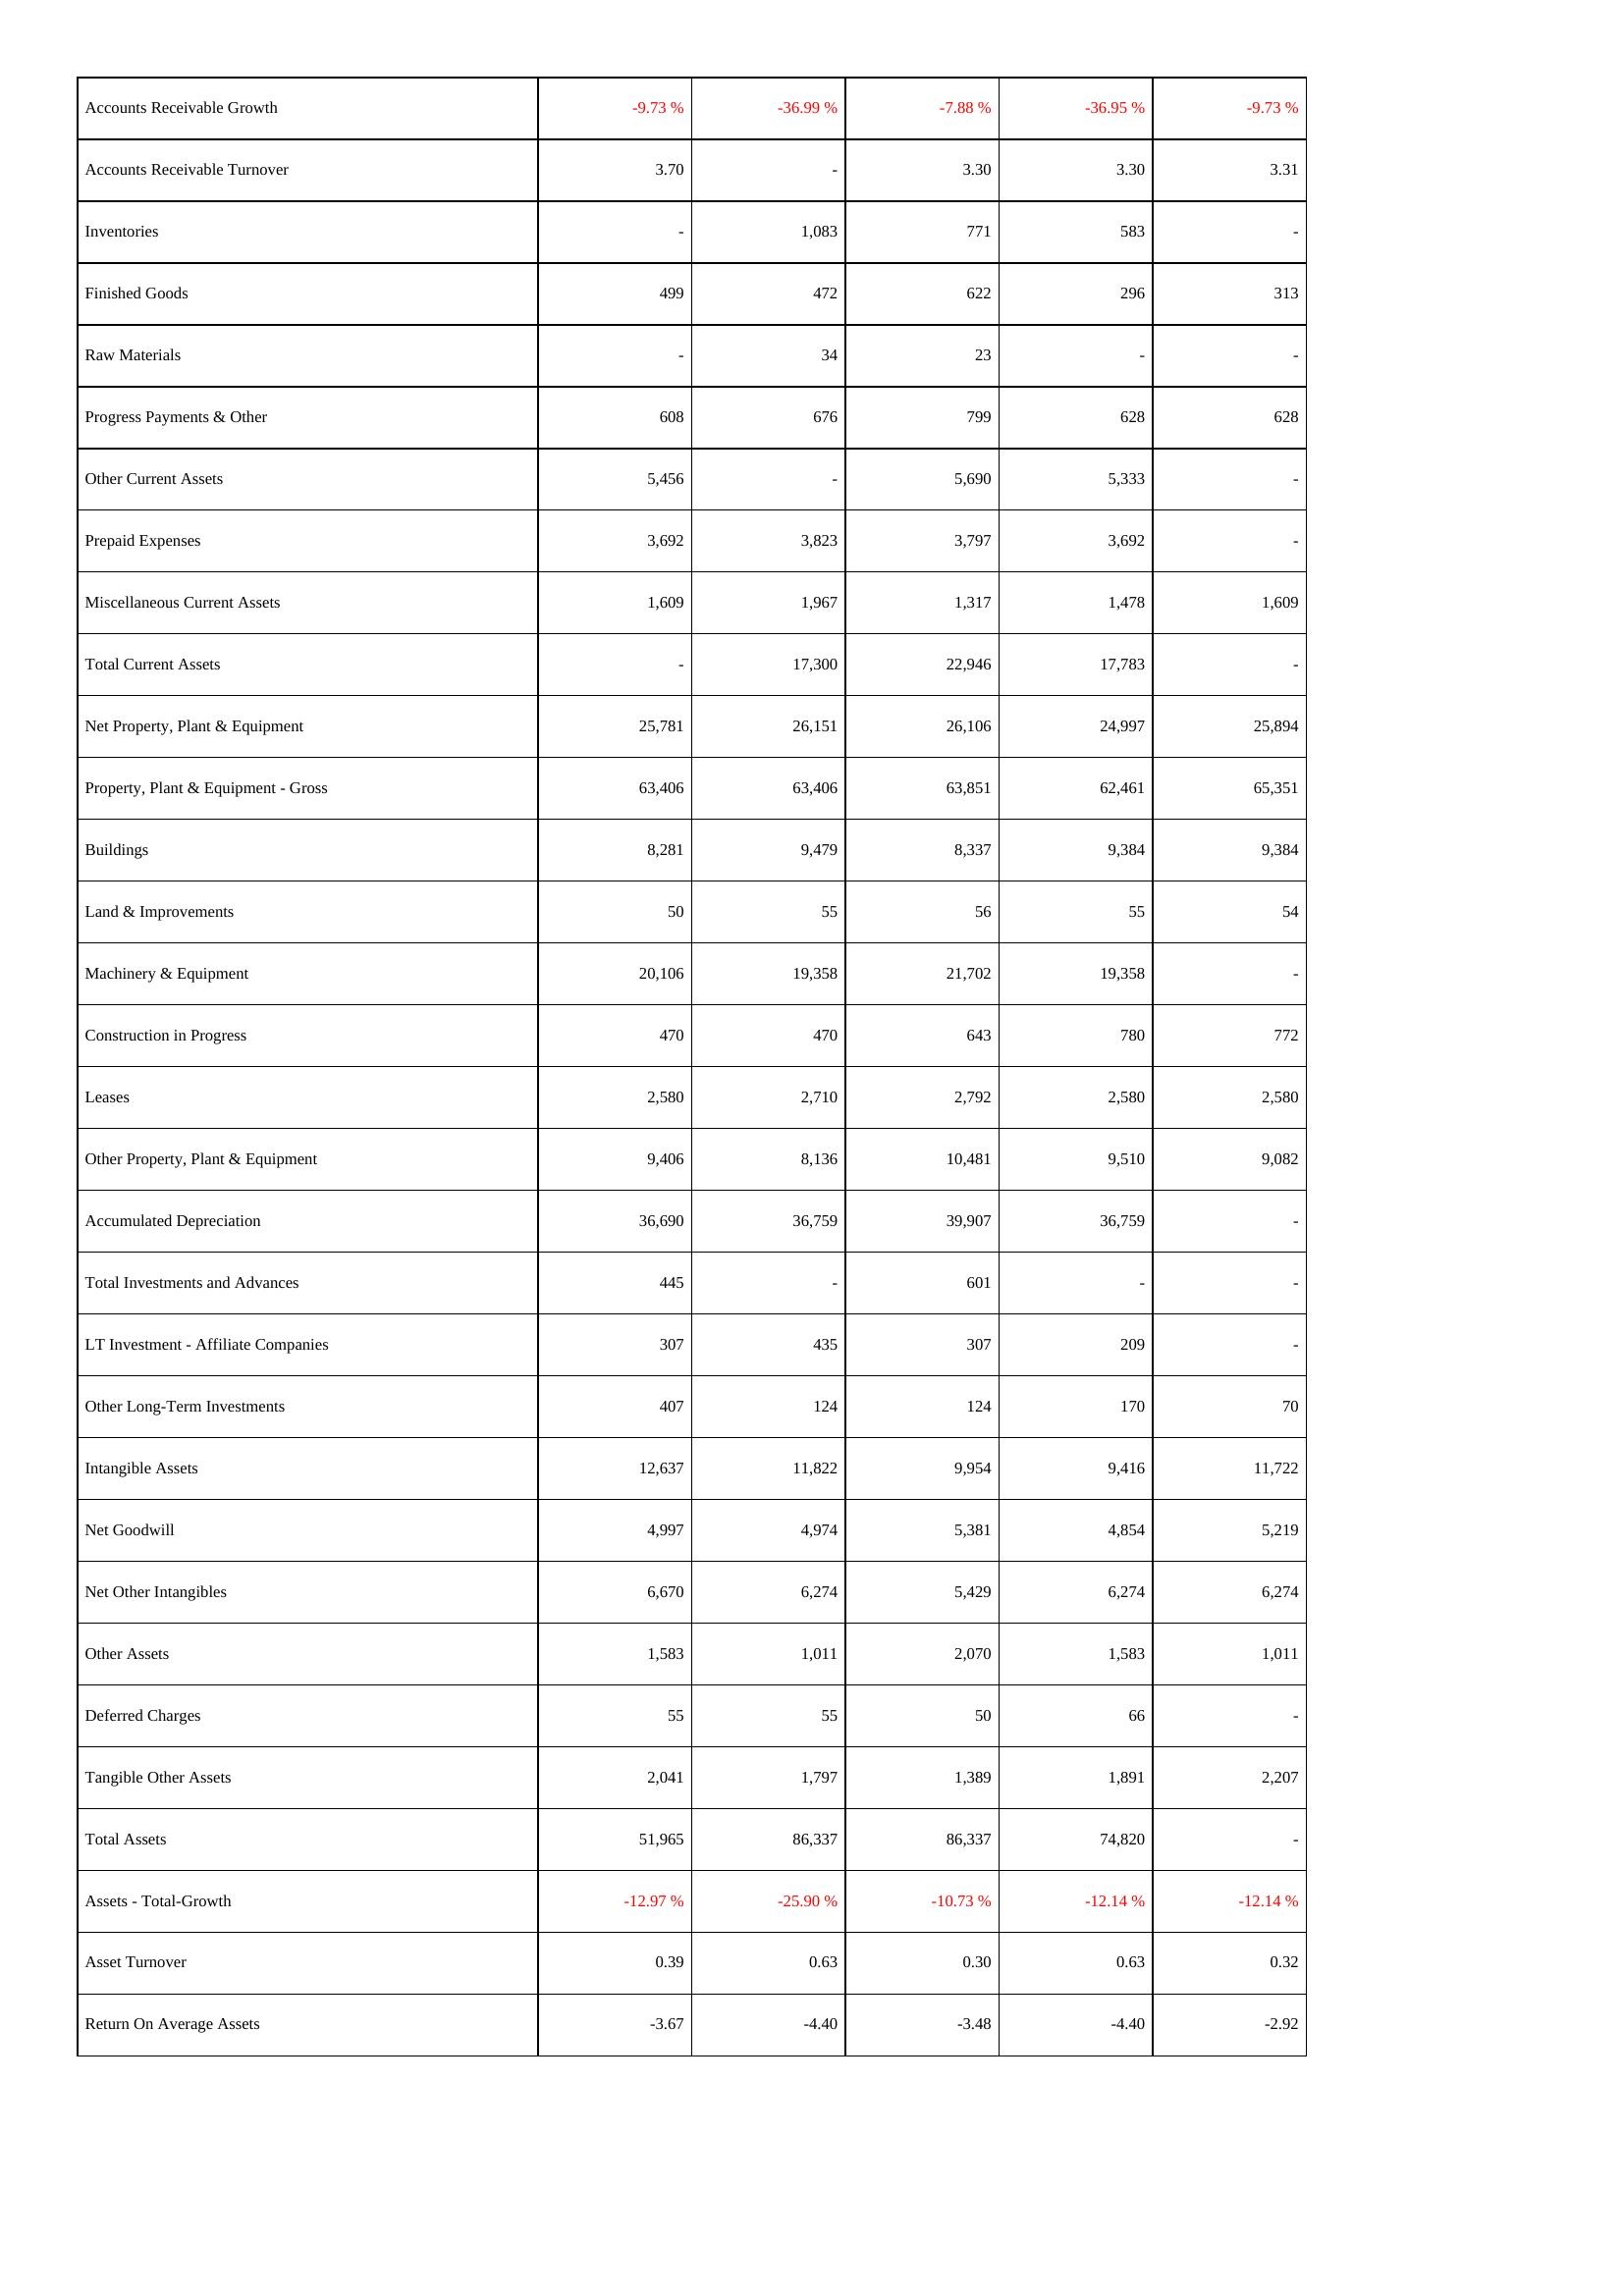
2014: Assets: Accounts Receivable Growth: -9.73 %
Accounts Receivable Turnover: 3.70
Inventories: -
Finished Goods: 499
Raw Materials: -
Progress Payments & Other: 608
Other Current Assets: 5,456
Prepaid Expenses: 3,692
Miscellaneous Current Assets: 1,609
Total Current Assets: -
Net Property, Plant & Equipment: 25,781
Property, Plant & Equipment - Gross: 63,406
Buildings: 8,281
Land & Improvements: 50
Machinery & Equipment: 20,106
Construction in Progress: 470
Leases: 2,580
Other Property, Plant & Equipment: 9,406
Accumulated Depreciation: 36,690
Total Investments and Advances: 445
LT Investment - Affiliate Companies: 307
Other Long-Term Investments: 407
Intangible Assets: 12,637
Net Goodwill: 4,997
Net Other Intangibles: 6,670
Other Assets: 1,583
Deferred Charges: 55
Tangible Other Assets: 2,041
Total Assets: 51,965
Assets - Total-Growth: -12.97 %
Asset Turnover: 0.39
Return On Average Assets: -3.67
2013: Assets: Accounts Receivable Growth: -36.99 %
Accounts Receivable Turnover: -
Inventories: 1,083
Finished Goods: 472
Raw Materials: 34
Progress Payments & Other: 676
Other Current Assets: -
Prepaid Expenses: 3,823
Miscellaneous Current Assets: 1,967
Total Current Assets: 17,300
Net Property, Plant & Equipment: 26,151
Property, Plant & Equipment - Gross: 63,406
Buildings: 9,479
Land & Improvements: 55
Machinery & Equipment: 19,358
Construction in Progress: 470
Leases: 2,710
Other Property, Plant & Equipment: 8,136
Accumulated Depreciation: 36,759
Total Investments and Advances: -
LT Investment - Affiliate Companies: 435
Other Long-Term Investments: 124
Intangible Assets: 11,822
Net Goodwill: 4,974
Net Other Intangibles: 6,274
Other Assets: 1,011
Deferred Charges: 55
Tangible Other Assets: 1,797
Total Assets: 86,337
Assets - Total-Growth: -25.90 %
Asset Turnover: 0.63
Return On Average Assets: -4.40
2012: Assets: Accounts Receivable Growth: -7.88 %
Accounts Receivable Turnover: 3.30
Inventories: 771
Finished Goods: 622
Raw Materials: 23
Progress Payments & Other: 799
Other Current Assets: 5,690
Prepaid Expenses: 3,797
Miscellaneous Current Assets: 1,317
Total Current Assets: 22,946
Net Property, Plant & Equipment: 26,106
Property, Plant & Equipment - Gross: 63,851
Buildings: 8,337
Land & Improvements: 56
Machinery & Equipment: 21,702
Construction in Progress: 643
Leases: 2,792
Other Property, Plant & Equipment: 10,481
Accumulated Depreciation: 39,907
Total Investments and Advances: 601
LT Investment - Affiliate Companies: 307
Other Long-Term Investments: 124
Intangible Assets: 9,954
Net Goodwill: 5,381
Net Other Intangibles: 5,429
Other Assets: 2,070
Deferred Charges: 50
Tangible Other Assets: 1,389
Total Assets: 86,337
Assets - Total-Growth: -10.73 %
Asset Turnover: 0.30
Return On Average Assets: -3.48
2011: Assets: Accounts Receivable Growth: -36.95 %
Accounts Receivable Turnover: 3.30
Inventories: 583
Finished Goods: 296
Raw Materials: -
Progress Payments & Other: 628
Other Current Assets: 5,333
Prepaid Expenses: 3,692
Miscellaneous Current Assets: 1,478
Total Current Assets: 17,783
Net Property, Plant & Equipment: 24,997
Property, Plant & Equipment - Gross: 62,461
Buildings: 9,384
Land & Improvements: 55
Machinery & Equipment: 19,358
Construction in Progress: 780
Leases: 2,580
Other Property, Plant & Equipment: 9,510
Accumulated Depreciation: 36,759
Total Investments and Advances: -
LT Investment - Affiliate Companies: 209
Other Long-Term Investments: 170
Intangible Assets: 9,416
Net Goodwill: 4,854
Net Other Intangibles: 6,274
Other Assets: 1,583
Deferred Charges: 66
Tangible Other Assets: 1,891
Total Assets: 74,820
Assets - Total-Growth: -12.14 %
Asset Turnover: 0.63
Return On Average Assets: -4.40
2010: Assets: Accounts Receivable Growth: -9.73 %
Accounts Receivable Turnover: 3.31
Inventories: -
Finished Goods: 313
Raw Materials: -
Progress Payments & Other: 628
Other Current Assets: -
Prepaid Expenses: -
Miscellaneous Current Assets: 1,609
Total Current Assets: -
Net Property, Plant & Equipment: 25,894
Property, Plant & Equipment - Gross: 65,351
Buildings: 9,384
Land & Improvements: 54
Machinery & Equipment: -
Construction in Progress: 772
Leases: 2,580
Other Property, Plant & Equipment: 9,082
Accumulated Depreciation: -
Total Investments and Advances: -
LT Investment - Affiliate Companies: -
Other Long-Term Investments: 70
Intangible Assets: 11,722
Net Goodwill: 5,219
Net Other Intangibles: 6,274
Other Assets: 1,011
Deferred Charges: -
Tangible Other Assets: 2,207
Total Assets: -
Assets - Total-Growth: -12.14 %
Asset Turnover: 0.32
Return On Average Assets: -2.92